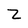
Character: Z